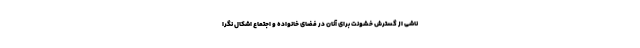
ناشی از گسترش خشونت برای آنان در فضای خانواده و اجتماع اشکال نگرا